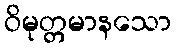
ဝိမုတ္တမာနသော